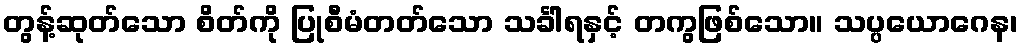
တွန့်ဆုတ်သော စိတ်ကို ပြုစီမံတတ်သော သင်္ခါရနှင့် တကွဖြစ်သော။ သပ္ပယောဂေန၊